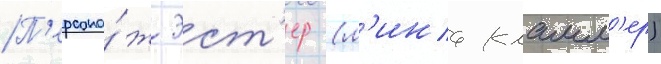
П'ерсона́ж эст'ер (л'ина кламм'ер)